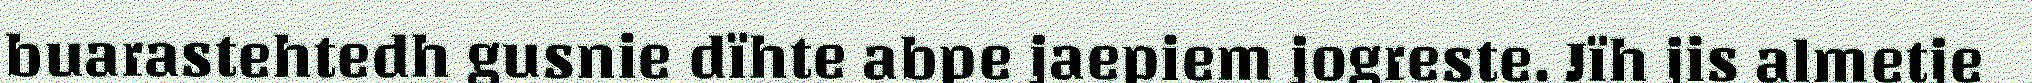
buarastehtedh gusnie dïhte abpe jaepiem jogreste. Jïh jis almetje